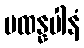
မထန္နပါနံ